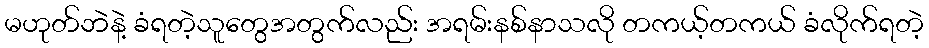
မဟုတ်ဘဲနဲ့ ခံရတဲ့သူတွေအတွက်လည်း အရမ်းနစ်နာသလို တကယ့်တကယ် ခံလိုက်ရတဲ့